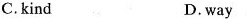
C. kind D. way.